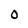
Character: 0